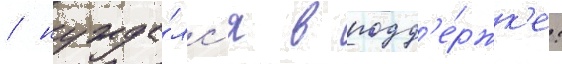
/ нужда́лс'я в подд'е́ржк'е: